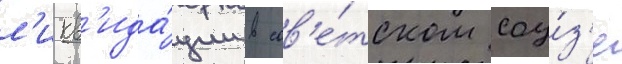
л'икв'ида́ции в сов'е́тском соу́з'е